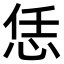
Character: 恁